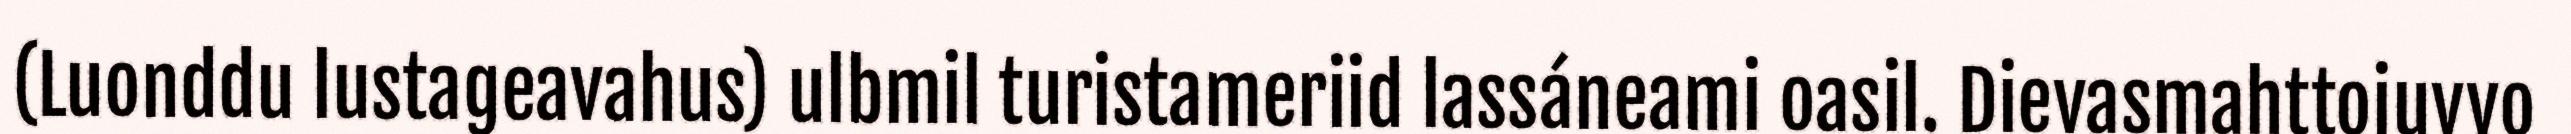
(Luonddu lustageavahus) ulbmil turistameriid lassáneami oasil. Dievasmahttojuvvo